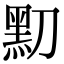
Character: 𪐛